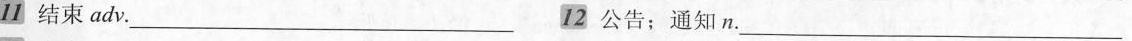
11结束adv.___12公告；通知n.___